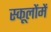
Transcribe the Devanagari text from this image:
स्कूलोंमें